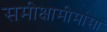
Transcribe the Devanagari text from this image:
समीक्षामीमांसा